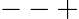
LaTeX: --+